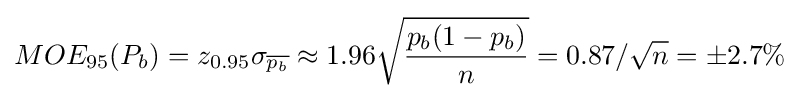
MOE_{95}(P_{b})=z_{0.95}\sigma _{\overline {p_{b}}}\approx 1.96{\sqrt {\frac {p_{b}(1-p_{b})}{n}}}=0.87/{\sqrt {n}}=\pm 2.7\%